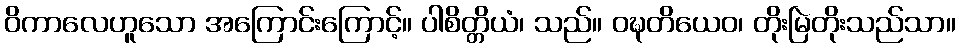
ဝိကာလေဟူသော အကြောင်းကြောင့်။ ပါစိတ္တိယံ၊ သည်။ ဝဍ္ဎတိယေဝ၊ တိုးမြဲတိုးသည်သာ။